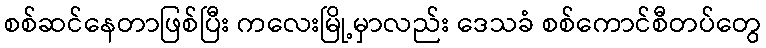
စစ်ဆင်နေတာဖြစ်ပြီး ကလေးမြို့မှာလည်း ဒေသခံ စစ်ကောင်စီတပ်တွေ